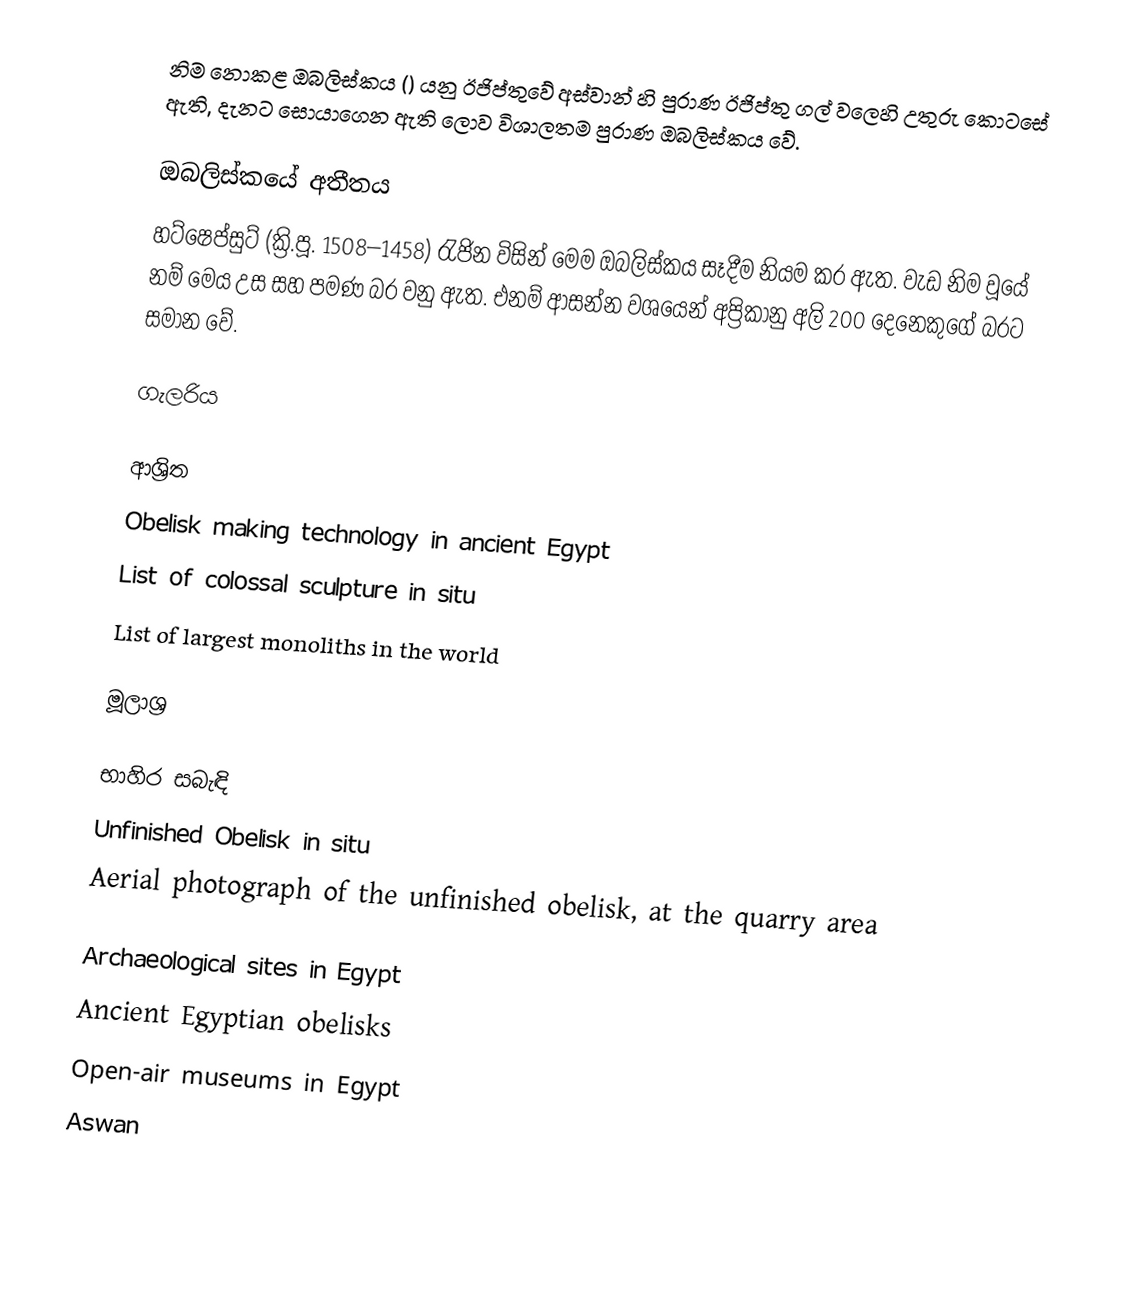
නිම නොකළ ඔබලිස්කය () යනු ඊජිප්තුවේ අස්වාන් හි පුරාණ ඊජිප්තු ගල් වලෙහි උතුරු කොටසේ ඇති, දැනට සොයාගෙන ඇති ලොව විශාලතම පුරාණ ඔබලිස්කය වේ.

ඔබලිස්කයේ අතීතය
හට්ෂෙප්සුට් (ක්‍රි.පූ. 1508–1458) රැජින විසින් මෙම ඔබලිස්කය සෑදීම නියම කර ඇත. වැඩ නිම වූයේ නම් මෙය  උස සහ  පමණ බර වනු ඇත. එනම් ආසන්න වශයෙන් අප්‍රිකානු අලි 200 දෙනෙකුගේ බරට සමාන වේ.

ගැලරිය

ආශ්‍රිත
 Obelisk making technology in ancient Egypt
 List of colossal sculpture in situ
 List of largest monoliths in the world

මූලාශ්‍ර

භාහිර සබැඳි
Unfinished Obelisk in situ
Aerial photograph of the unfinished obelisk, at the quarry area

Archaeological sites in Egypt
Ancient Egyptian obelisks
Open-air museums in Egypt
Aswan